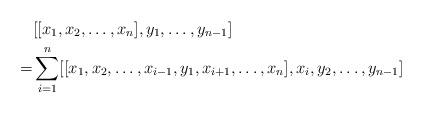
LaTeX: \begin{align*} & [[x_1, x_2, \ldots, x_n], y_{1},\ldots , y_{n-1}] \\ = &\sum_{i=1}^{n} [[x_1, x_{2}, \ldots , x_{i-1},y_{1}, x_{i+1}, \ldots , x_{n}],x_{i},y_{2},\ldots , y_{n-1}]\end{align*}